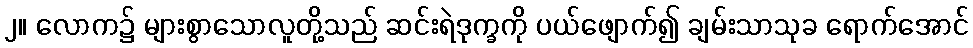
၂။ လောက၌ များစွာသောလူတို့သည် ဆင်းရဲဒုက္ခကို ပယ်ဖျောက်၍ ချမ်းသာသုခ ရောက်အောင်